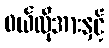
ဝယ်လိုအားနှင့်